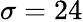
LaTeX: \sigma=24